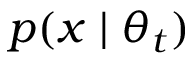
p ( x \mid \theta _ { t } )